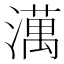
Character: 澫